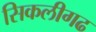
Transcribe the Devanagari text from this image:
सिकलीगढ